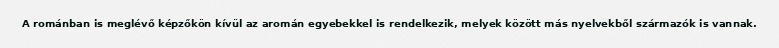
A románban is meglévő képzőkön kívül az aromán egyebekkel is rendelkezik, melyek között más nyelvekből származók is vannak.